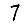
Digit: 7